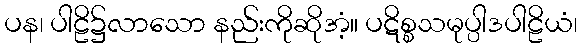
ပန၊ ပါဠိ၌လာသော နည်းကိုဆိုအံ့။ ပဋိစ္စသမုပ္ပါဒပါဠိယံ၊